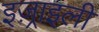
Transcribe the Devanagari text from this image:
इज़्राइली